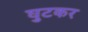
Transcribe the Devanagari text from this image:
घुटकर